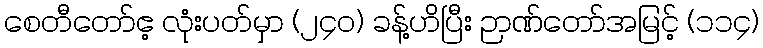
စေတီတော်ဧ့ လုံးပတ်မှာ (၂၄၀) ခန့်ဟိပြီး ဉာဏ်တော်အမြင့် (၁၁၄)